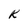
Character: K